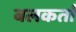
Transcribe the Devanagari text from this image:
बलकर्ता